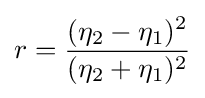
r={\frac {(\eta _{2}-\eta _{1})^{2}}{(\eta _{2}+\eta _{1})^{2}}}